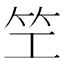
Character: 笁